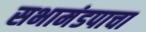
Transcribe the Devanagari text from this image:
सभामंडपाचा